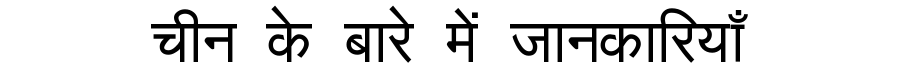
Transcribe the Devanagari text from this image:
चीन के बारे में जानकारियाँ